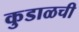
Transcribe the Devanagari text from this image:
कुडाळची